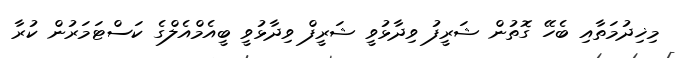
މިޚިދުމަތާއި ބެހޭ ގޮތުން ޝަރީފު ވިދާޅުވީ ޝަރީފް ވިދާޅުވީ ބީއެމްއެލްގެ ކަސްޓަމަރުން ކުރާ